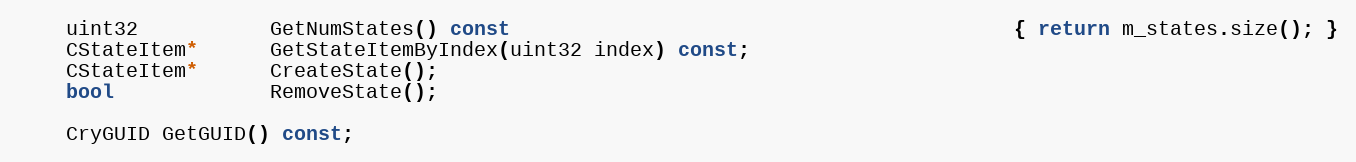
Language: C
	uint32           GetNumStates() const                                          { return m_states.size(); }
	CStateItem*      GetStateItemByIndex(uint32 index) const;
	CStateItem*      CreateState();
	bool             RemoveState();

	CryGUID GetGUID() const;